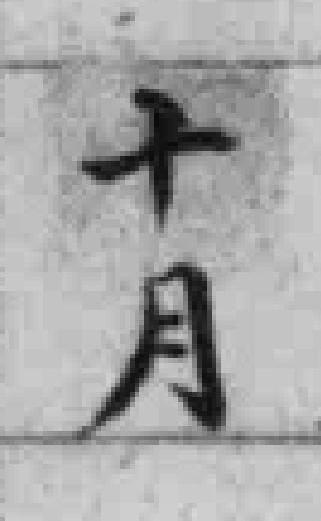
十月